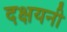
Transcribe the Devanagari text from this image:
दक्षयनी